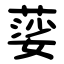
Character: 䓾